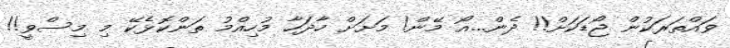
ވައްތަރަކުން ޖޯޑަކަށް!! ދެން...އޯ މޭން! މަށަށް ހާދަހާ މުހިއްމު ތަންކޮޅެކޭ މި މިސްވީ!!